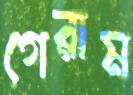
গেরাম